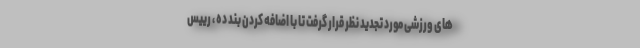
های ورزشی مورد تجدید نظر قرار گرفت تا با اضافه کردن بند ده ، رییس